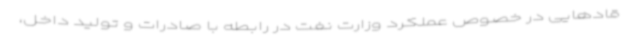
قادهایی در خصوص عملکرد وزارت نفت در رابطه با صادرات و تولید داخل،